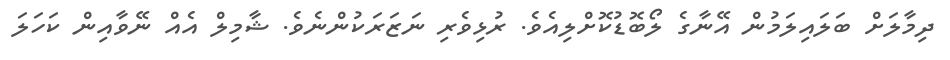
ދިމާލަށް ބަލައިލަމުން އޭނާގެ ލޯބޮޑުކޮށްލިއެވެ. ރުޅިވެރި ނަޒަރަކުންނެވެ. ޝާމިލް އެއް ނޭވާއިން ކަހަލަ